画像に写った文字を読んでください
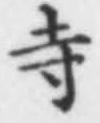
「寺」と書いてあります